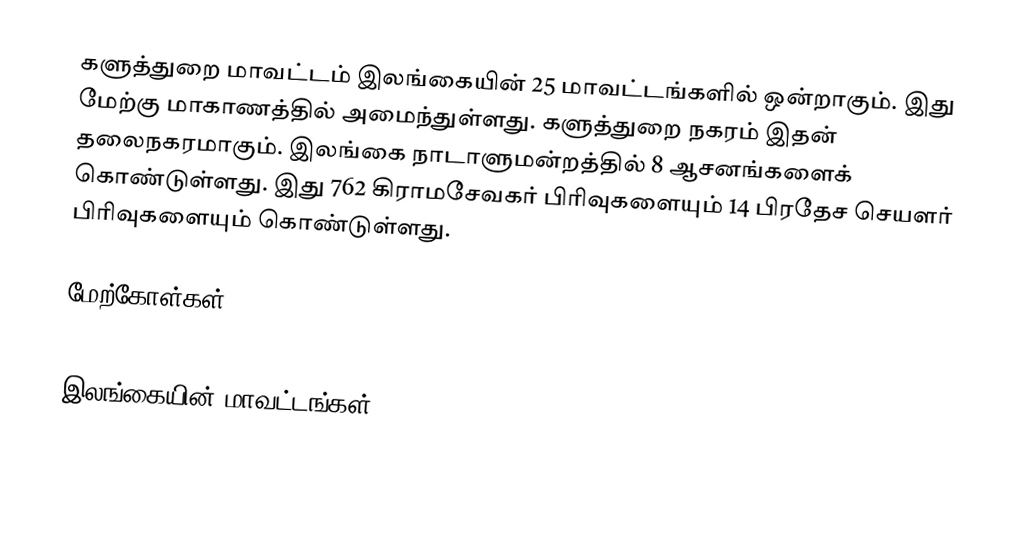
களுத்துறை மாவட்டம் இலங்கையின் 25 மாவட்டங்களில் ஒன்றாகும். இது மேற்கு மாகாணத்தில் அமைந்துள்ளது. களுத்துறை நகரம் இதன் தலைநகரமாகும். இலங்கை நாடாளுமன்றத்தில் 8 ஆசனங்களைக் கொண்டுள்ளது. இது 762 கிராமசேவகர் பிரிவுகளையும் 14 பிரதேச செயளர் பிரிவுகளையும் கொண்டுள்ளது.

மேற்கோள்கள்

இலங்கையின் மாவட்டங்கள்